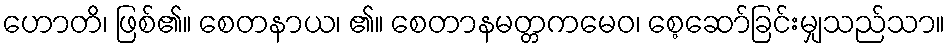
ဟောတိ၊ ဖြစ်၏။ စေတနာယ၊ ၏။ စေတာနမတ္တကမေဝ၊ စေ့ဆော်ခြင်းမျှသည်သာ။